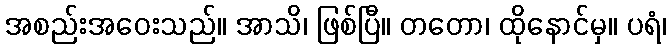
အစည်းအဝေးသည်။ အာသိ၊ ဖြစ်ပြီ။ တတော၊ ထိုနောင်မှ။ ပရံ၊